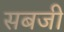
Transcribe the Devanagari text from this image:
सबजी